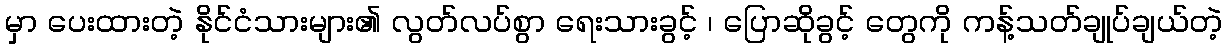
မှာ ပေးထားတဲ့ နိုင်ငံသားများ၏ လွတ်လပ်စွာ ရေးသားခွင့် ၊ ပြောဆိုခွင့် တွေကို ကန့်သတ်ချုပ်ချယ်တဲ့